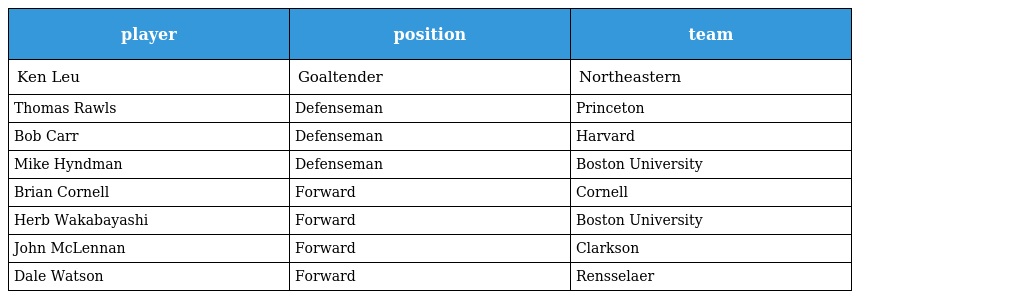
| player | position | team |
 | --- | --- | --- |
 | Ken Leu | Goaltender | Northeastern |
 | Thomas Rawls | Defenseman | Princeton |
 | Bob Carr | Defenseman | Harvard |
 | Mike Hyndman | Defenseman | Boston University |
 | Brian Cornell | Forward | Cornell |
 | Herb Wakabayashi | Forward | Boston University |
 | John McLennan | Forward | Clarkson |
 | Dale Watson | Forward | Rensselaer |